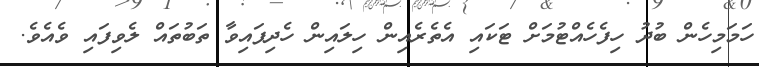
ހަމަމިހެން ބުދު ހިފެހެއްޓުމަށް ޓަކައި އެތެރެއިން ހިލައިން ހެދިފައިވާ ތަބުތައް ލެވިފައި ވެއެވެ.